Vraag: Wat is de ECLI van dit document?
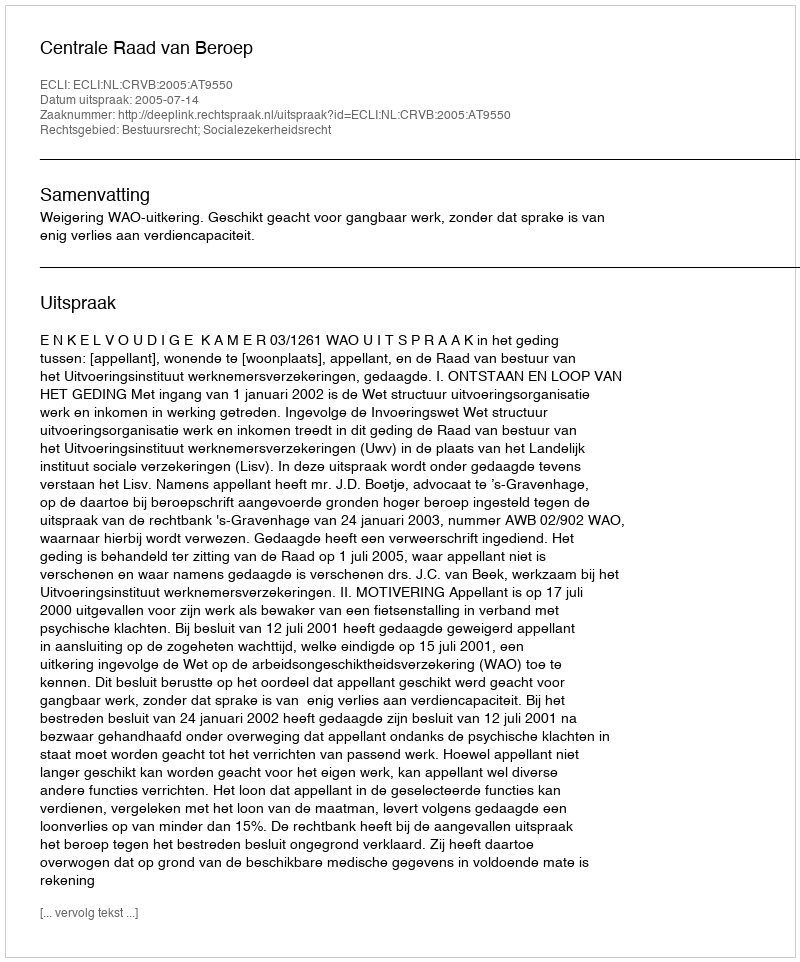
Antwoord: ECLI:NL:CRVB:2005:AT9550